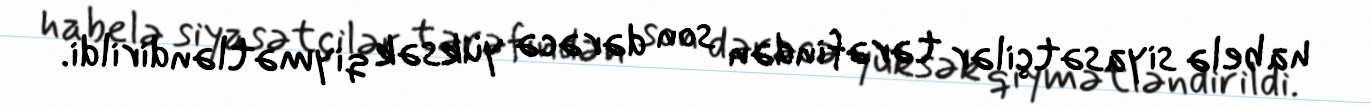
habelə siyasətçilər tərəfindən son dərəcə yüksək qiymətləndirildi.